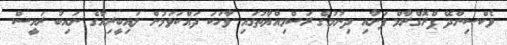
ވެކްސިންދޭ ޕްރޮގްރާމް ފަށާއި ދިނުމުގެ ރަސްމިއްޔާތުގައި ވާހަކަ ދައްކަވަމުން ލައިބީރިއާގެ ނައިބު ރައީސް